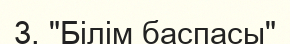
3. "Білім баспасы"